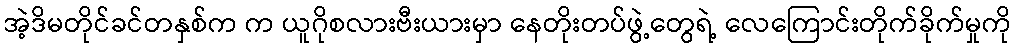
အဲ့ဒိမတိုင်ခင်တနှစ်က က ယူဂိုစလားဗီးယားမှာ နေတိုးတပ်ဖွဲ့တွေရဲ့ လေကြောင်းတိုက်ခိုက်မှုကို